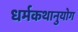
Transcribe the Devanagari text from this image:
धर्मकथानुयोग